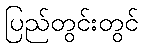
ပြည်တွင်းတွင်